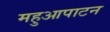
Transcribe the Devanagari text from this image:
महुआपाटन